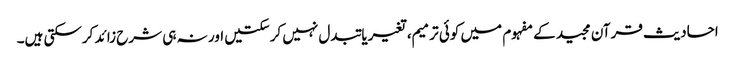
احادیث قرآن مجید کے مفہوم میں کوئی ترمیم، تغیریا تبدل نہیں کرسکتیں اور نہ ہی شرح زائد کرسکتی ہیں۔